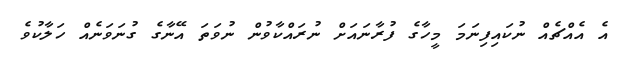
އެ އެއްޗެއް ނުކައިފިނަމަ މީހާގެ ފުރާނައަށް ނުރައްކާވުން ނުވަތަ އޭނާގެ ގުނަވަނެއް ހަލާކުވެ